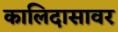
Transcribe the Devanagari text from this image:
कालिदासावर